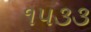
૧૫૩૩